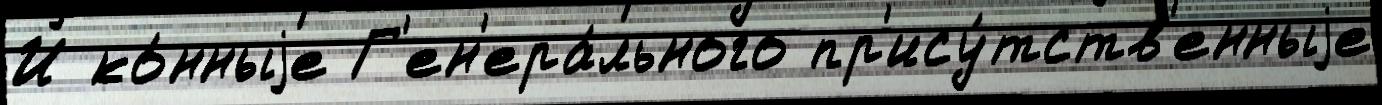
И ко́нныjе Г'ен'ера́льного пр'ису́тств'енныjе